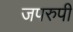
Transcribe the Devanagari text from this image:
जपरुपी